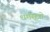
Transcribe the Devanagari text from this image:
धर्मसूत्रो